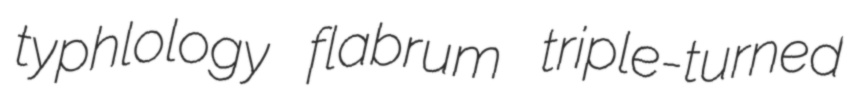
typhlology flabrum triple-turned